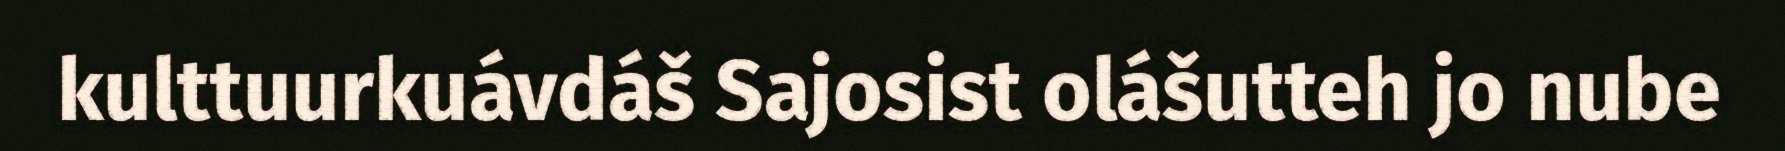
kulttuurkuávdáš Sajosist olášutteh jo nube